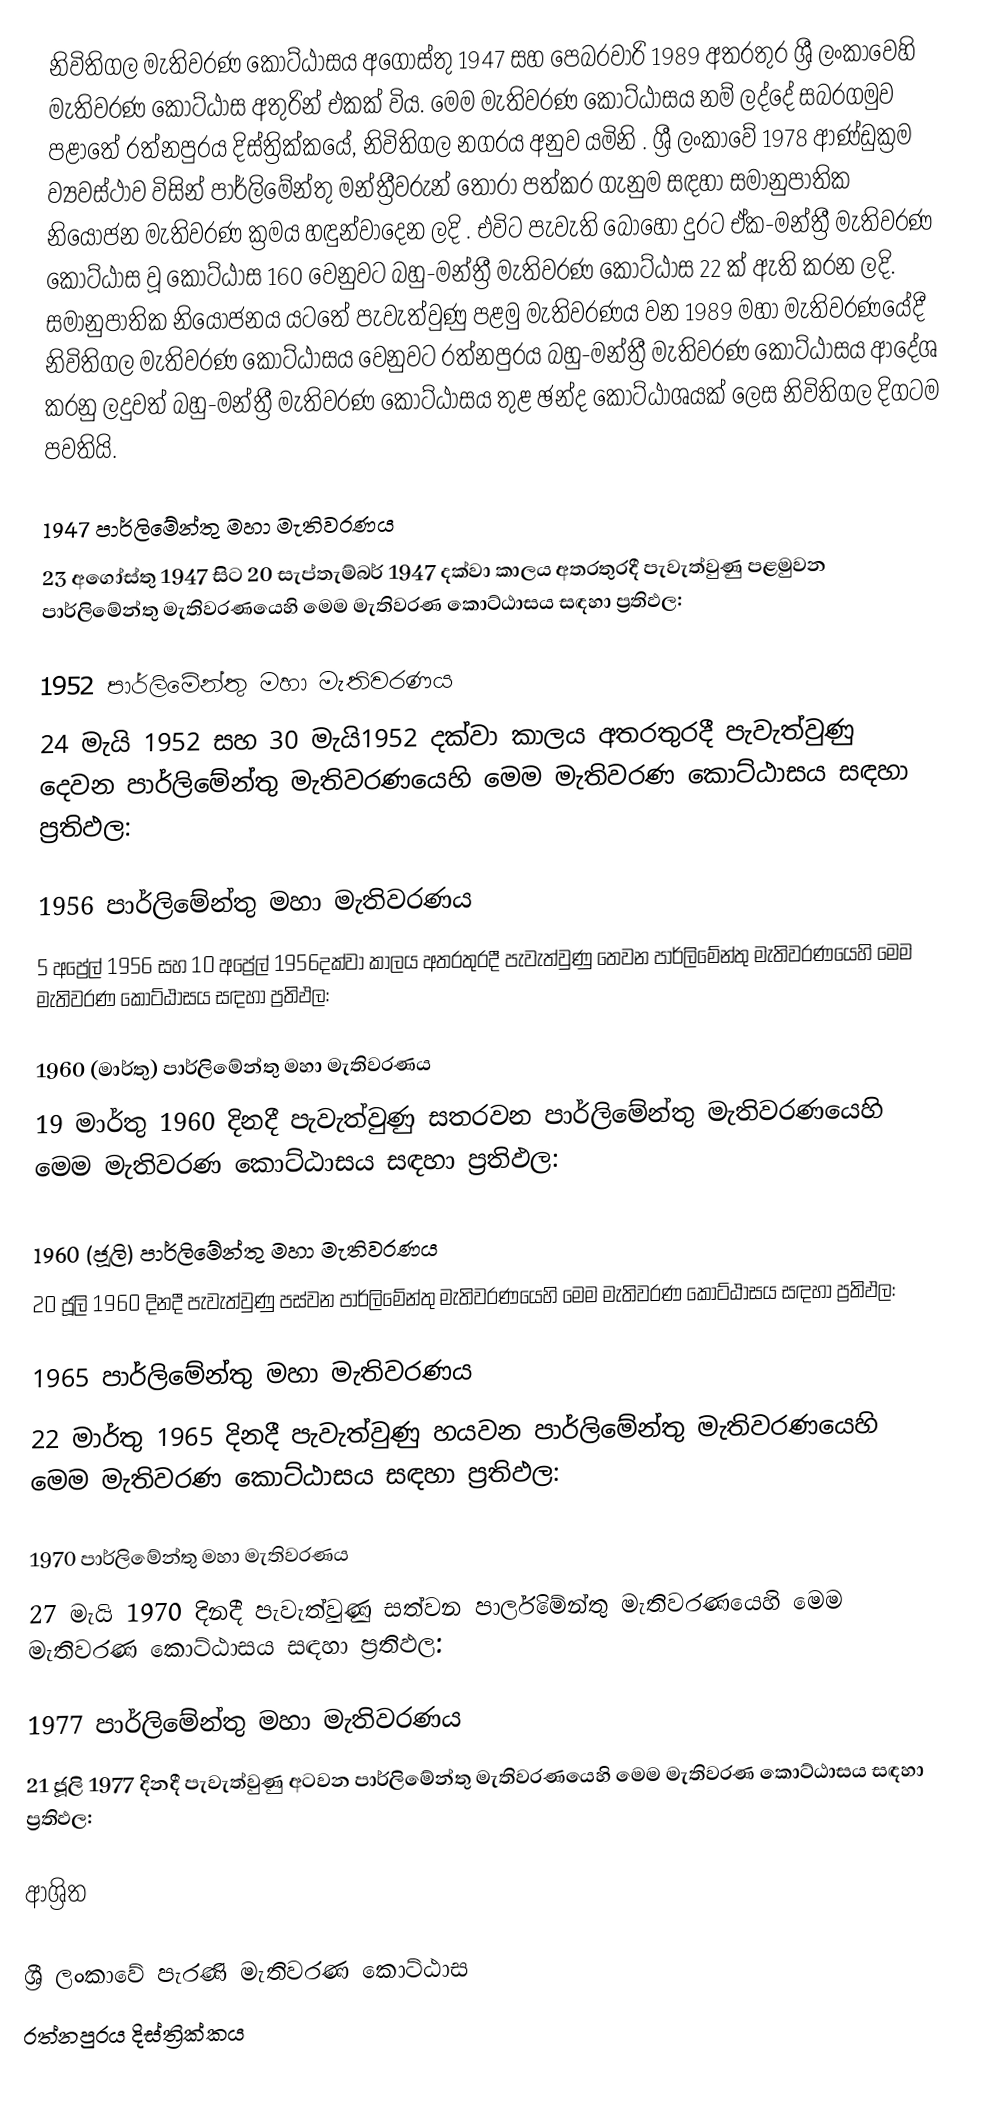
නිවිතිගල මැතිවරණ කොට්ඨාසය  අගෝස්තු 1947 සහ පෙබරවාරි 1989 අතරතුර  ශ්‍රී ලංකාවෙහි  මැතිවරණ කොට්ඨාස අතුරින් එකක් විය. මෙම මැතිවරණ කොට්ඨාසය නම් ලද්දේ  සබරගමුව පළාතේ  රත්නපුරය  දිස්ත්‍රික්කයේ,  නිවිතිගල නගරය අනුව යමිනි . ශ්‍රී ලංකාවේ 1978 ආණ්ඩුක්‍රම ව්‍යවස්ථාව විසින්   පාර්ලිමේන්තු මන්ත්‍රීවරුන් තෝරා පත්කර ගැනුම සඳහා සමානුපාතික නියෝජන මැතිවරණ ක්‍රමය හඳුන්වාදෙන ලදි . එවිට පැවැති බොහෝ දුරට  ඒක-මන්ත්‍රී මැතිවරණ කොට්ඨාස වූ කොට්ඨාස 160 වෙනුවට බහු-මන්ත්‍රී මැතිවරණ කොට්ඨාස 22 ක් ඇති කරන ලදි. සමානුපාතික නියෝජනය යටතේ පැවැත්වුණු පළමු මැතිවරණය වන 1989 මහා මැතිවරණයේදී  නිවිතිගල මැතිවරණ කොට්ඨාසය වෙනුවට  රත්නපුරය බහු-මන්ත්‍රී මැතිවරණ කොට්ඨාසය  ආදේශ කරනු ලදුවත් බහු-මන්ත්‍රී මැතිවරණ කොට්ඨාසය තුළ ඡන්ද කොට්ඨාශයක් ලෙස නිවිතිගල දිගටම පවතියි.

1947 පාර්ලිමේන්තු මහා මැතිවරණය
23 අගෝස්තු 1947 සිට 20 සැප්තැම්බර් 1947 දක්වා කාලය අතරතුරදී පැවැත්වුණු  පළමුවන පාර්ලිමේන්තු මැතිවරණයෙහි මෙම මැතිවරණ කොට්ඨාසය සඳහා ප්‍රතිඵල:

1952 පාර්ලිමේන්තු මහා මැතිවරණය
24 මැයි 1952 සහ 30 මැයි1952 දක්වා කාලය අතරතුරදී පැවැත්වුණු  දෙවන පාර්ලිමේන්තු මැතිවරණයෙහි මෙම මැතිවරණ කොට්ඨාසය සඳහා ප්‍රතිඵල:

1956 පාර්ලිමේන්තු මහා මැතිවරණය
5 අප්‍රේල් 1956 සහ 10 අප්‍රේල් 1956දක්වා කාලය අතරතුරදී පැවැත්වුණු  තෙවන පාර්ලිමේන්තු මැතිවරණයෙහි මෙම මැතිවරණ කොට්ඨාසය සඳහා ප්‍රතිඵල:

1960 (මාර්තු) පාර්ලිමේන්තු මහා මැතිවරණය
19 මාර්තු 1960 දිනදී පැවැත්වුණු  සතරවන පාර්ලිමේන්තු මැතිවරණයෙහි මෙම මැතිවරණ කොට්ඨාසය සඳහා ප්‍රතිඵල:

1960 (ජූලි) පාර්ලිමේන්තු මහා මැතිවරණය
20 ජූලි 1960 දිනදී පැවැත්වුණු  පස්වන පාර්ලිමේන්තු මැතිවරණයෙහි මෙම මැතිවරණ කොට්ඨාසය සඳහා ප්‍රතිඵල:

1965 පාර්ලිමේන්තු මහා මැතිවරණය
22 මාර්තු 1965  දිනදී පැවැත්වුණු  හයවන පාර්ලිමේන්තු මැතිවරණයෙහි මෙම මැතිවරණ කොට්ඨාසය සඳහා ප්‍රතිඵල:

1970 පාර්ලිමේන්තු මහා මැතිවරණය
27 මැයි 1970 දිනදී පැවැත්වුණු  සත්වන පාර්ලිමේන්තු මැතිවරණයෙහි මෙම මැතිවරණ කොට්ඨාසය සඳහා ප්‍රතිඵල:

1977 පාර්ලිමේන්තු මහා මැතිවරණය
21 ජූලි 1977 දිනදී පැවැත්වුණු  අටවන පාර්ලිමේන්තු මැතිවරණයෙහි මෙම මැතිවරණ කොට්ඨාසය සඳහා ප්‍රතිඵල:

ආශ්‍රිත

ශ්‍රී ලංකාවේ පැරණි මැතිවරණ කොට්ඨාස
 රත්නපුරය දිස්ත්‍රික්කය